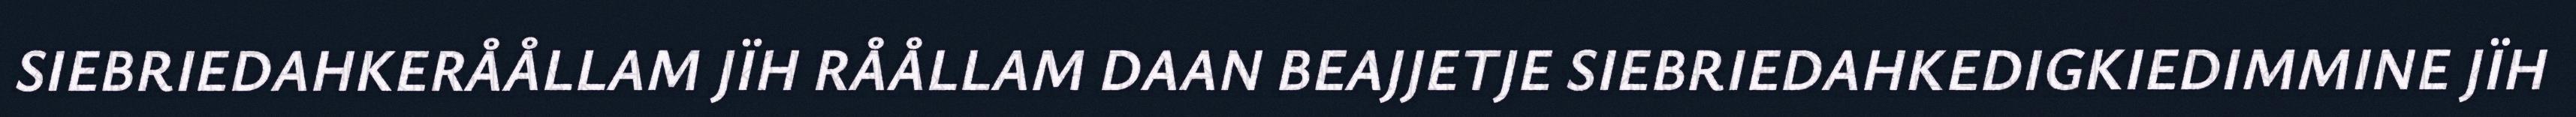
SIEBRIEDAHKERÅÅLLAM JÏH RÅÅLLAM DAAN BEAJJETJE SIEBRIEDAHKEDIGKIEDIMMINE JÏH